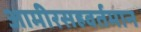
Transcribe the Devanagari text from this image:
आमीरसहवर्तमान